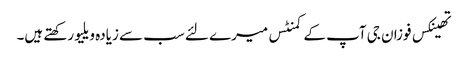
تھینکس فوزان جی آپ کے کمنٹس میرے لئے سب سے زیادہ ویلیو رکھتے ہیں۔